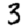
Digit: 3